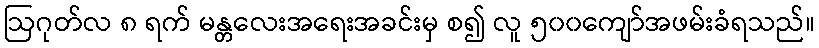
ဩဂုတ်လ ၈ ရက် မန္တလေးအရေးအခင်းမှ စ၍ လူ ၅၀၀ကျော်အဖမ်းခံရသည်။